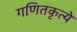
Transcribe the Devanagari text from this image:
गणितकृत्ये